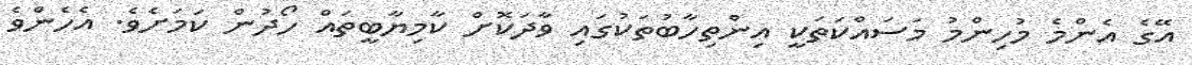
އޭގެ އެންމެ މުހިންމު މަސައްކަތަކީ އިންތިހާބުތަކުގައި ވާދަކޮށް ކާމިޔާބީތައް ހޯދުން ކަމަށެވެ. އެހެންވެ